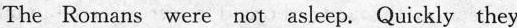
The Romans were not asleep. Quickly they